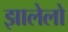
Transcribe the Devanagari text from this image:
झालेलो